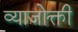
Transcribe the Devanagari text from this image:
व्याजोक्ती